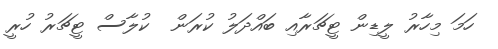
ހަމަ މިހާރު ލީޑިން ޓީޗަރާއި ބައްދަލު ކުރަން  ކުލާސް ޓީޗަރު ހުރީ